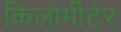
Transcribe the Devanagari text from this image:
किलोमीटेर